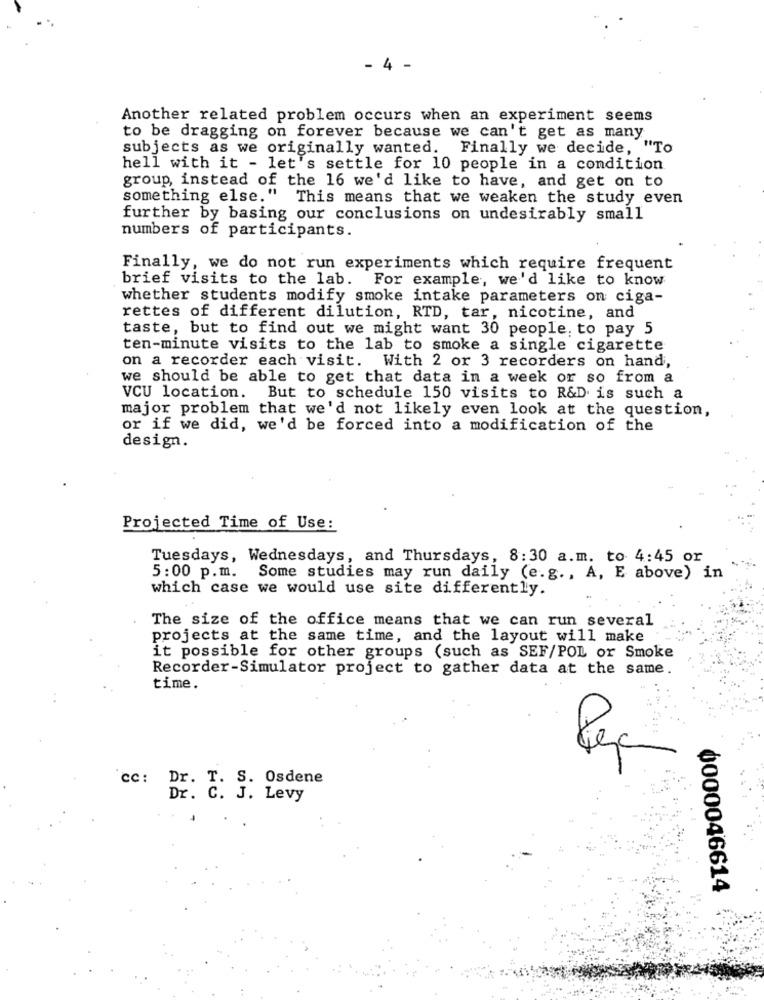
- 4 -
Another related problem occurs when an experiment seems
to be dragging on forever because we can't get as many
subjects as we originally wanted. Finally we decide, "To
hell with it - let's settle for 10 people in a condition
group, instead of the 16 we'd like to have, and get on to
something else." This means that we weaken the study even
further by basing our conclusions on undesirably small
numbers of participants.
Finally, we do not run experiments which require frequent
brief visits to the lab. For example, we'd like to know
whether students modify smoke intake parameters on ciga-
rettes of different dilution, RTD, tar, nicotine, and
taste, but to find out we might want 30 people, to pay 5
ten-minute visits to the lab to smoke a single cigarette
on a recorder each visit. With 2 or 3 recorders on hand,
we should be able to get that data in a week or so from a
VCU location.
But to schedule 150 visits to R&D is such a
major problem that we'd not likely even look at the question,
or if we did, we'd be forced into a modification of the
design.
Projected Time of Use:
Tuesdays, Wednesdays, and Thursdays, 8:30 a.m. to 4:45 or
5:00 p.m.
Some studies may run daily (e.g ., A, E above) in
which case we would use site differently.
The size of the office means that we can run several
projects at the same time, and the layout will make
it possible for other groups (such as SEF/POL or Smoke
Recorder-Simulator project to gather data at the same.
time.
Pep
Cc: Dr. T. S. Osdene
Dr. C. J. Levy
0000046614